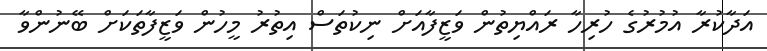
އަދާކުރާ އުމުރުގެ ހުރިހާ ރައްޔިތުން ވަޒީފާއަށް ނިކުތަސް އިތުރު މީހުން ވަޒީފާތަކަށް ބޭނުންވާ